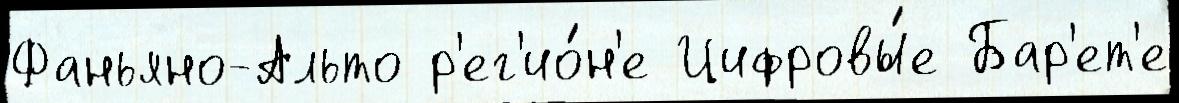
Фаньяно-Альто р'ег'ио́н'е Цифровы́е Бар'ет'е